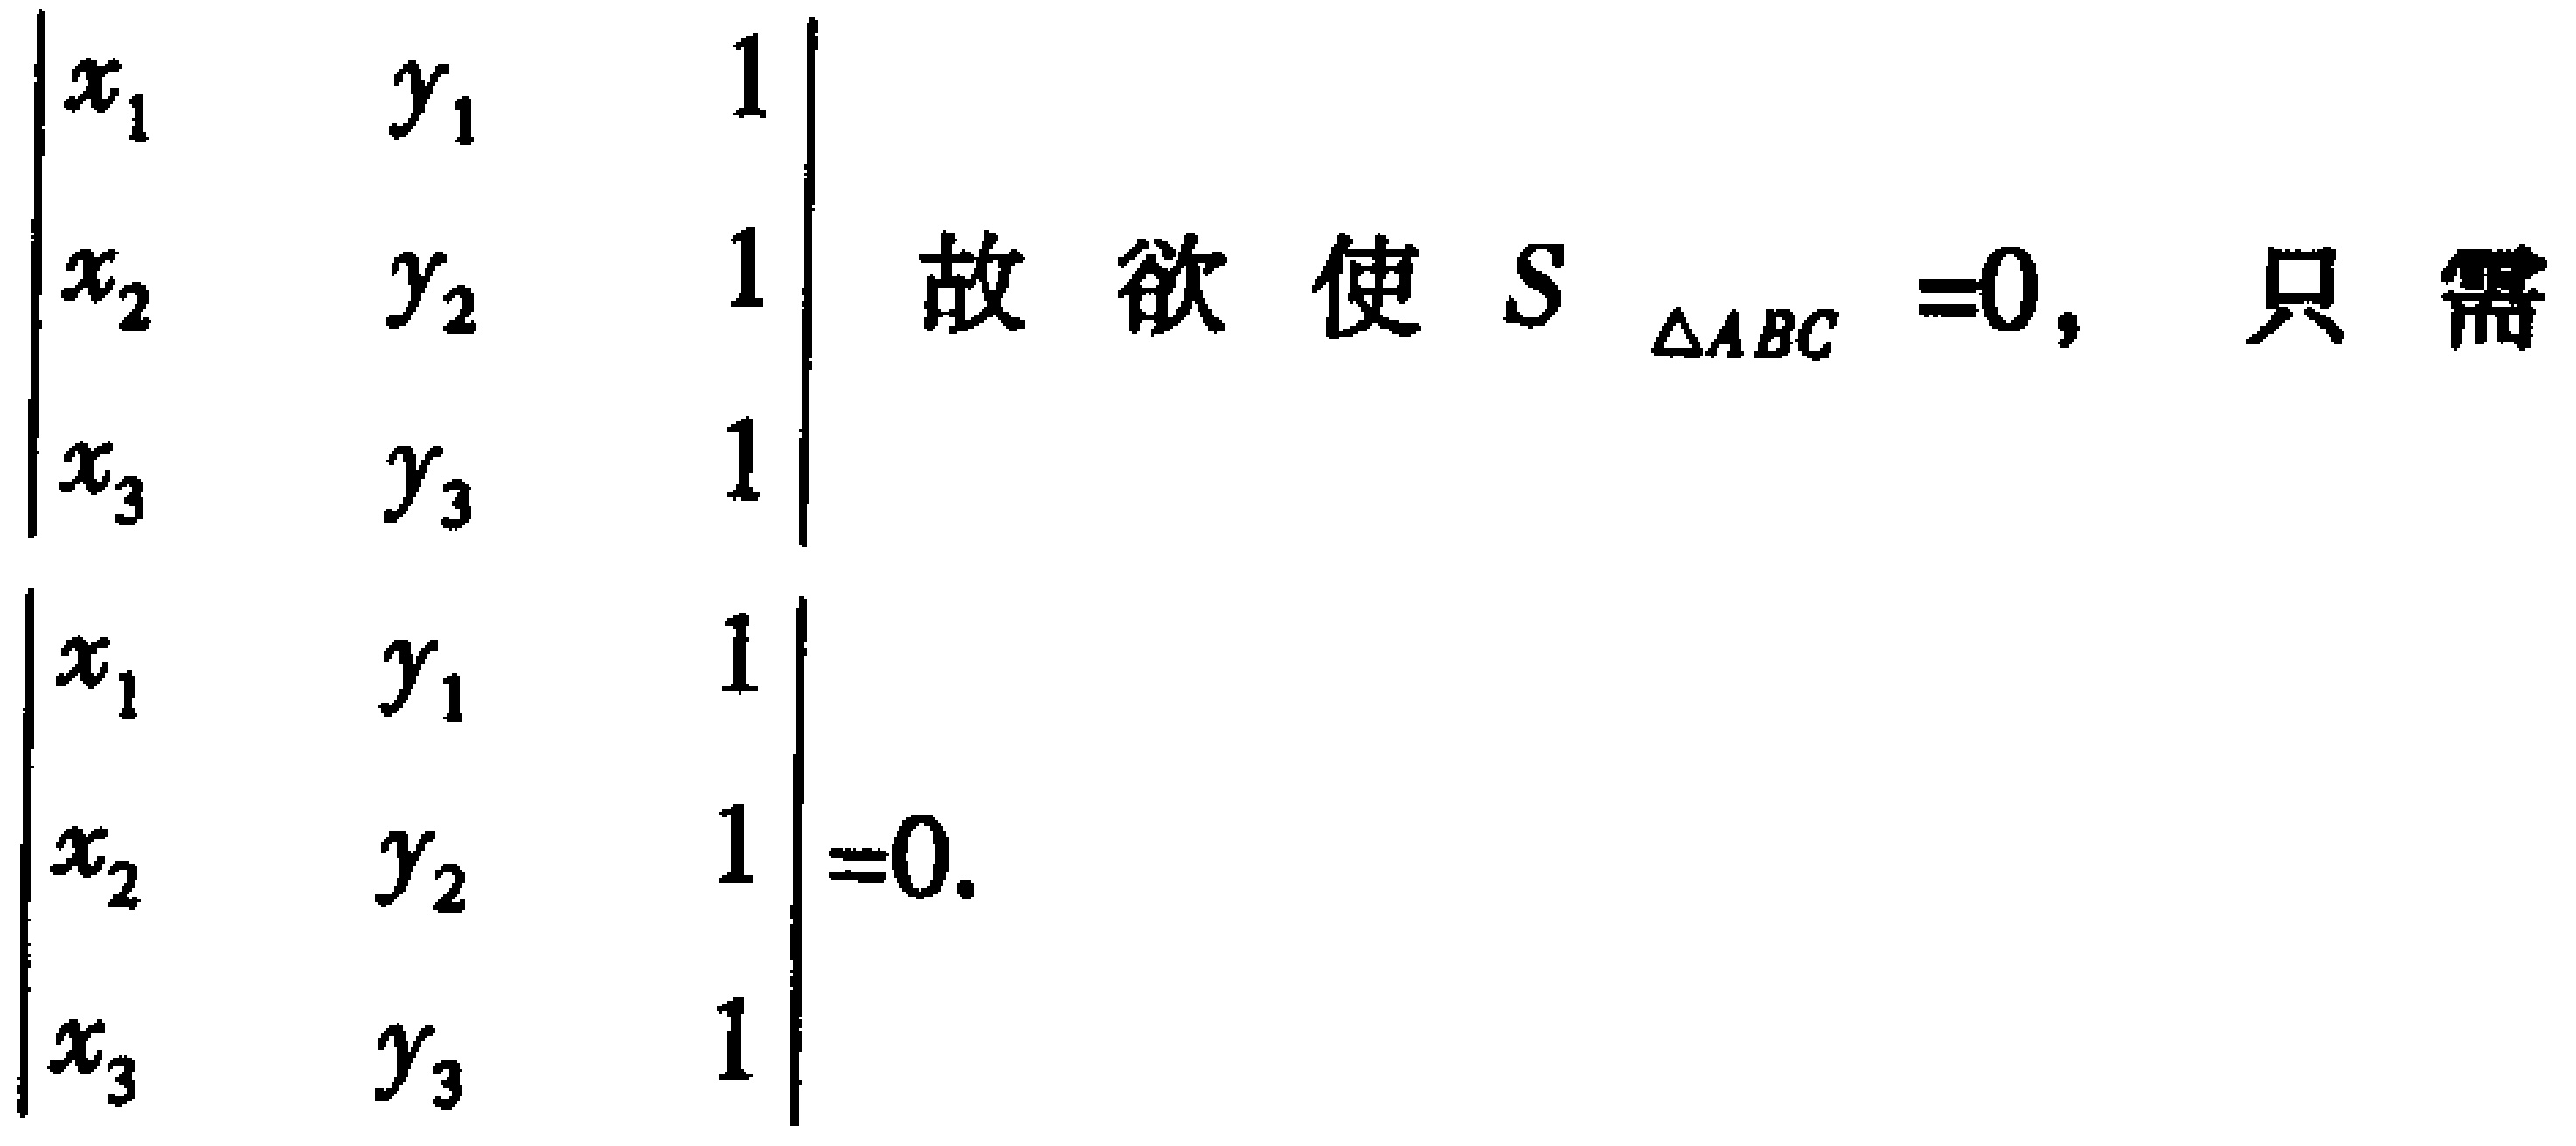
\[
\begin{vmatrix}
x_1 & y_1 & 1 \\
x_2 & y_2 & 1 \\
x_3 & y_3 & 1
\end{vmatrix}
\text{ 故 欲 使 } S_{\triangle ABC} = 0, \text{ 只 需 }
\begin{vmatrix}
x_1 & y_1 & 1 \\
x_2 & y_2 & 1 \\
x_3 & y_3 & 1
\end{vmatrix}=0.
\]